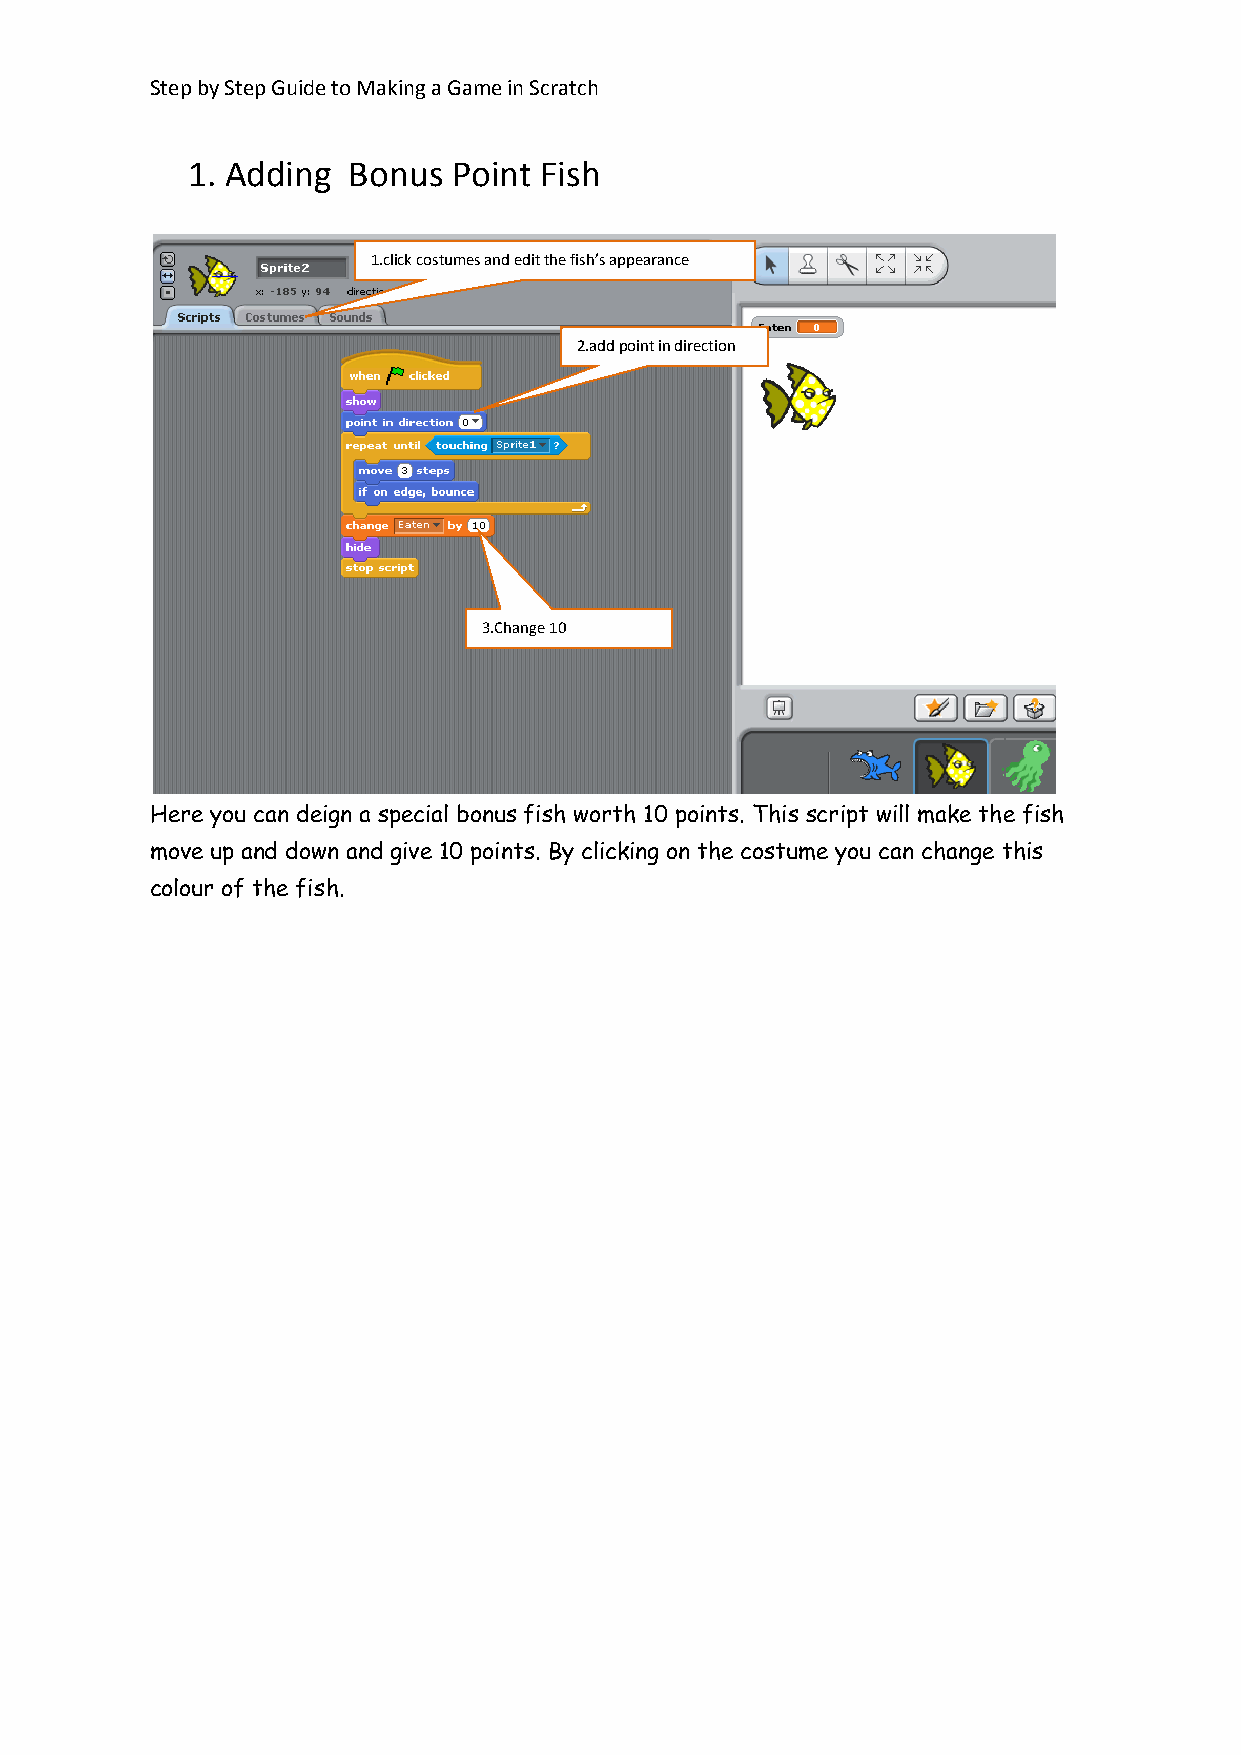
Step by Step Guide to Making a Game in Scratch
 1. Adding  Bonus  Point Fish
 1.click costumes and edit the fish’s appearance
 2.add point in direction
 3.Change 10
 Here you can deign a special bonus fish worth 10 points. This script will make the fish
 move up and down and give 10 points. By clicking on the costume you can change this
 colour of the fish.